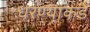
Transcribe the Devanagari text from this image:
धरण्याकडे